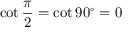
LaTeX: \cot { \frac { \pi } { 2 } } = \cot 9 0 ^ { \circ } = 0